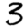
Digit: 3